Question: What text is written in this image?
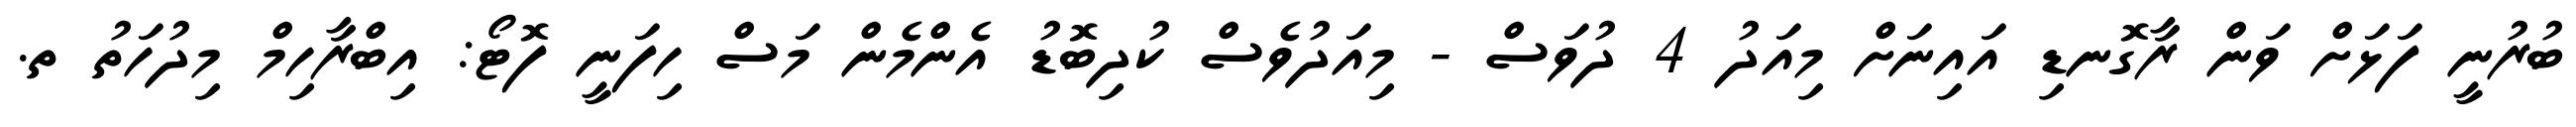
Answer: ބުރުނީ ފަޅަށް ވަން ރާގޮނޑި އައިނަށް މިއަދު 4 ދުވަސް - މިއަދުވެސް ކުދިބޮޑު އެންމެން މަސް ހިފަނީ ފޮޓޯ: އިބްރާހިމް މިދުހަތު ތ.